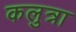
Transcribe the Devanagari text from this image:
कलुत्रा